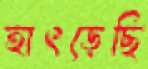
হাৎড়েছি